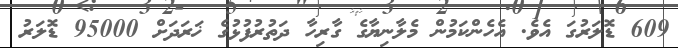
609 ޑޮލަރުގަ އެވެ. އެހެންކަމުން މެލާނިޔާގެ ގާރިހާ ދަތުރުފުޅުގެ ޚަރަދަށް 95000 ޑޮލަރު